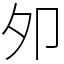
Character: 夘